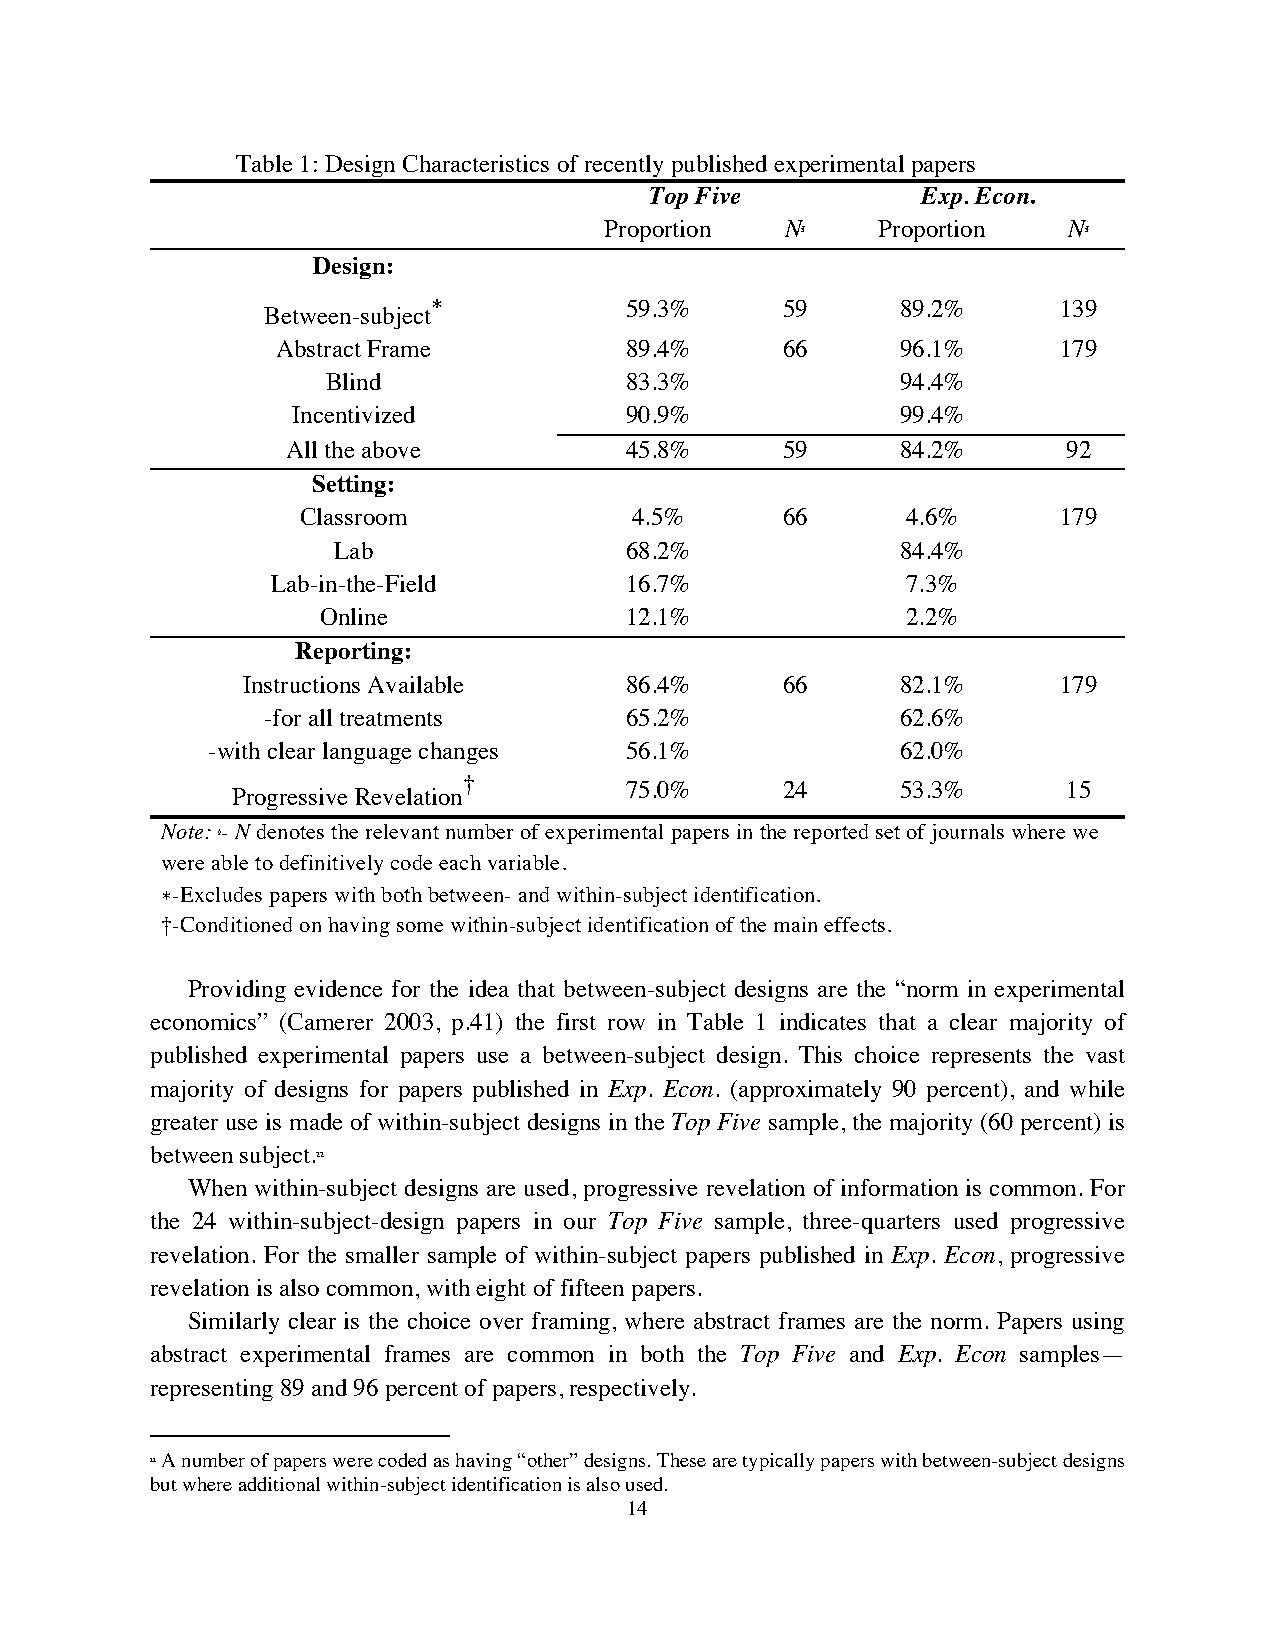
Table 1: Design Characteristics of recently published experimental papers
 Top Five          Exp. Econ.
 Proportion  N§    Proportion   N§
 Design:
 ∗           59.3%      59      89.2%     139
 Between-subject
 Abstract Frame         89.4%      66      96.1%     179
 Blind              83.3%              94.4%
 Incentivized          90.9%              99.4%
 All the above         45.8%      59      84.2%      92
 Setting:
 Classroom             4.5%      66      4.6%      179
 Lab                68.2%              84.4%
 Lab-in-the-Field       16.7%              7.3%
 Online              12.1%              2.2%
 Reporting:
 Instructions Available   86.4%      66      82.1%     179
 -for all treatments     65.2%              62.6%
 -with clear language changes 56.1%            62.0%
 †         75.0%      24      53.3%      15
 Progressive Revelation
 Note: - N denotes the relevant number of experimental papers in the reported set of journals where we
 §
 were able to definitively code each variable.
 ∗-Excludes papers with both between- and within-subject identification.
 †-Conditioned on having some within-subject identification of the main effects.
 Providing evidence for the idea that between-subject designs are the “norm in experimental
 economics” (Camerer 2003, p.41) the first row in Table 1 indicates that a clear majority of
 published experimental papers use a between-subject design. This choice represents the vast
 majority of designs for papers published in Exp. Econ. (approximately 90 percent), and while
 greater use is made of within-subject designs in the Top Five sample, the majority (60 percent) is
 between subject.22
 When within-subject designs are used, progressive revelation of information is common. For
 the 24 within-subject-design papers in our Top Five sample, three-quarters used progressive
 revelation. For the smaller sample of within-subject papers published in Exp. Econ, progressive
 revelation is also common, with eight of fifteen papers.
 Similarly clear is the choice over framing, where abstract frames are the norm. Papers using
 abstract experimental frames are common in both the Top Five and Exp. Econ samples—
 representing 89 and 96 percent of papers, respectively.
 22 A number of papers were coded as having “other” designs. These are typically papers with between-subject designs
 but where additional within-subject identification is also used.
 14